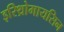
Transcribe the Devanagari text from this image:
इरिथ्रोमायसिन